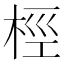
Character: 桱